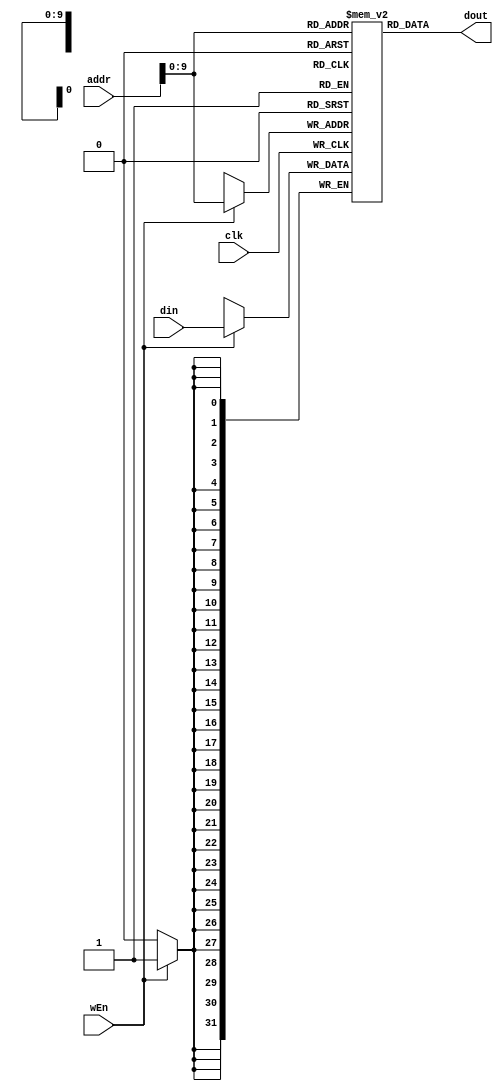
module dataMem_112(clk, din, wEn, addr, dout);

input clk, wEn;
input[31:0] addr;
input[31:0] din;
output[31:0] dout;
reg[31:0] R[0:1023];

always @(posedge clk)
begin
    if (wEn) R[addr] <= din;
end

assign dout = R[addr];

endmodule